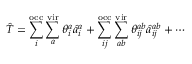
\hat { T } = \sum _ { i } ^ { \mathrm { o c c } } \sum _ { a } ^ { \mathrm { v i r } } \theta _ { i } ^ { a } \hat { a } _ { i } ^ { a } + \sum _ { i j } ^ { \mathrm { o c c } } \sum _ { a b } ^ { \mathrm { v i r } } \theta _ { i j } ^ { a b } \hat { a } _ { i j } ^ { a b } + \cdots